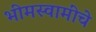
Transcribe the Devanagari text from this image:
भीमस्वामींचे